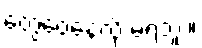
တွေဝေနေလို့ မရဘူး။